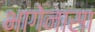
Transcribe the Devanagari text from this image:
भागेनासा